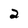
Character: 2